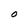
Character: O